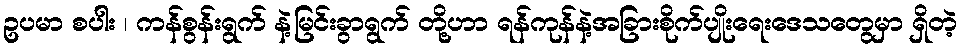
ဥပမာ စပါး ၊ ကန်စွန်းရွက် နဲ့မြင်းခွာရွက် တို့ဟာ ရန်ကုန်နဲ့အခြားစိုက်ပျိုးရေးဒေသတွေမှာ ရှိတဲ့